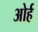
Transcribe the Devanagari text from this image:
ओर्ह